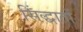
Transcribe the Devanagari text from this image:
सिंद्धातों